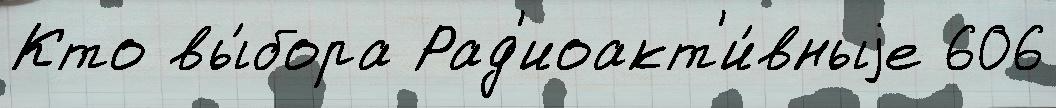
Кто вы́бора Рад'иоакт'и́вныjе 606